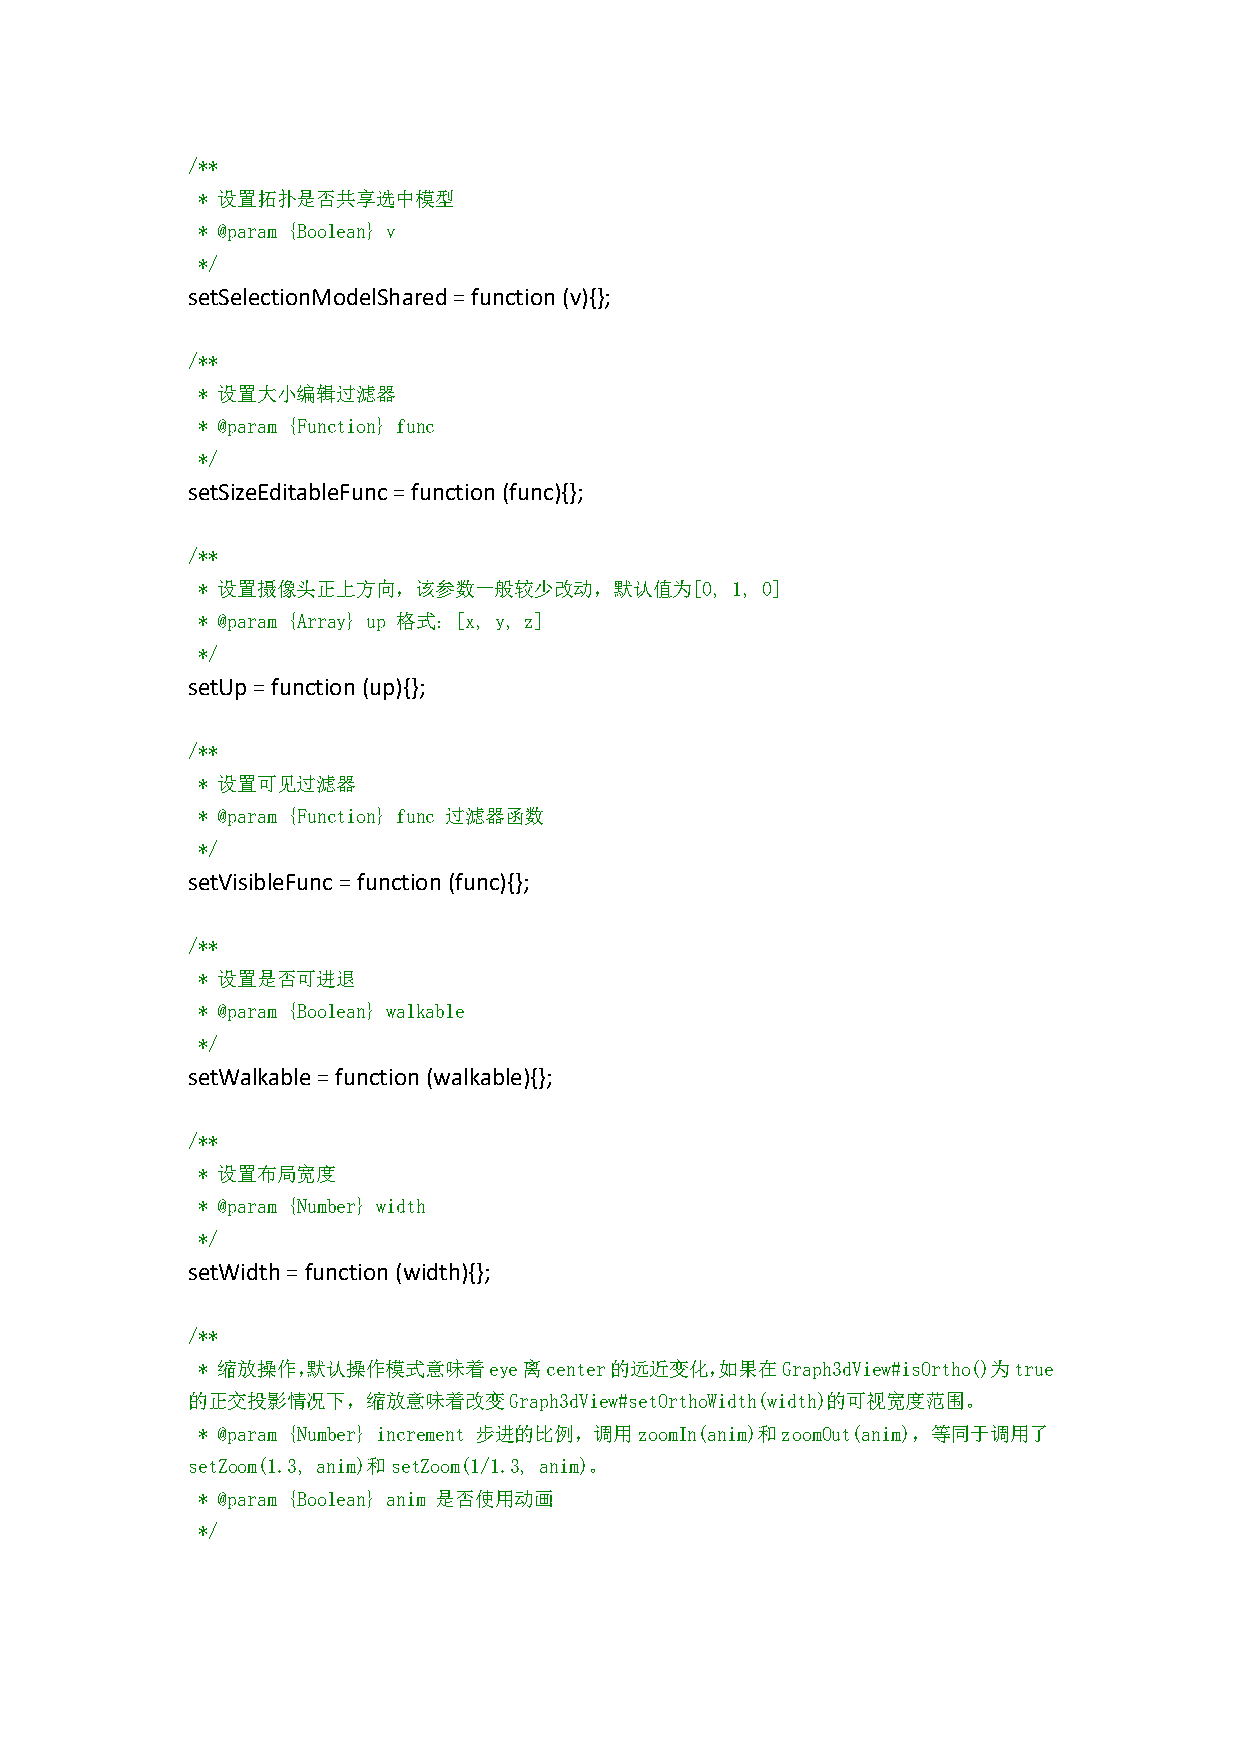
/**
 * 设置拓扑是否共享选中模型
 * @param {Boolean} v
 */
 setSelectionModelShared=function (v){};
 /**
 * 设置大小编辑过滤器
 * @param {Function} func
 */
 setSizeEditableFunc=function(func){};
 /**
 * 设置摄像头正上方向，该参数一般较少改动，默认值为[0,      1, 0]
 * @param {Array} up 格式：[x, y, z]
 */
 setUp=function(up){};
 /**
 * 设置可见过滤器
 * @param {Function} func 过滤器函数
 */
 setVisibleFunc=function(func){};
 /**
 * 设置是否可进退
 * @param {Boolean} walkable
 */
 setWalkable=function(walkable){};
 /**
 * 设置布局宽度
 * @param {Number} width
 */
 setWidth=function(width){};
 /**
 * 缩放操作，默认操作模式意味着eye离center的远近变化，如果在Graph3dView#isOrtho()为true
 的正交投影情况下，缩放意味着改变Graph3dView#setOrthoWidth(width)的可视宽度范围。
 * @param {Number} increment 步进的比例，调用zoomIn(anim)和zoomOut(anim)，等同于调用了
 setZoom(1.3, anim)和setZoom(1/1.3, anim)。
 * @param {Boolean} anim 是否使用动画
 */